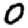
Digit: 0